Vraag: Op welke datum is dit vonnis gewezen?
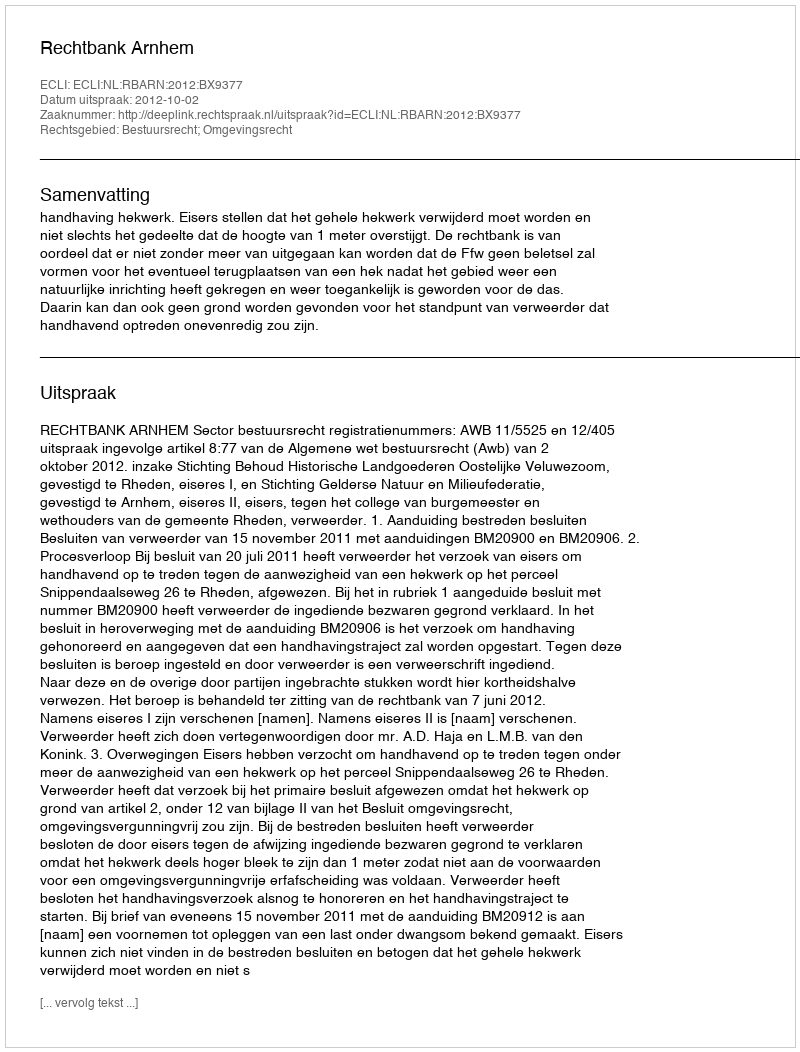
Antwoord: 2012-10-02